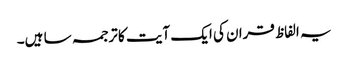
یہ الفاظ قران کی ایک آیت کا ترجمہ سا ہیں۔